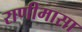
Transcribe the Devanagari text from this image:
राणीमासा